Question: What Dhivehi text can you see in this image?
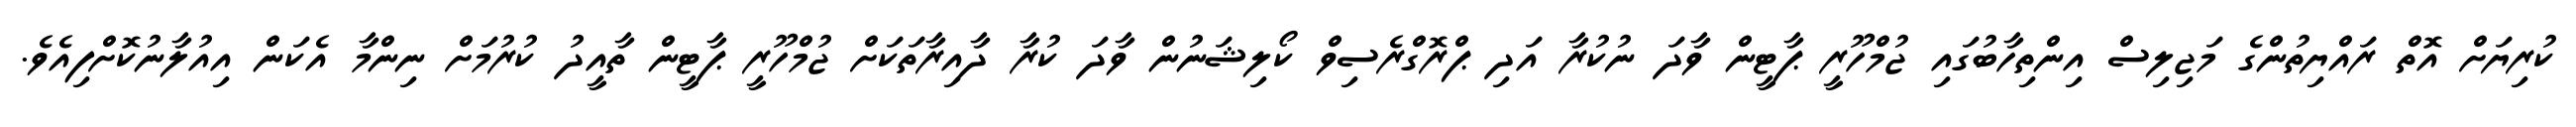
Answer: ކުރިޔަށް އޮތް ރައްޔިތުންގެ މަޖިލިސް އިންތިހާބުގައި ޖުމްހޫރީ ޕާޓީން ވާދަ ނުކުރާ އަދި ޕްރޮގްރެސިވް ކޯލިޝަނުން ވާދަ ކުރާ ދާއިރާތަކަށް ޖުމްހޫރީ ޕާޓީން ތާއީދު ކުރުމަށް ނިންމާ އެކަން އިއުލާނުކޮށްފިއެވެ.